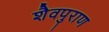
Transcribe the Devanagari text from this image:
शैवपुराण